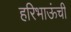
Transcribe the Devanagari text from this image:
हरिभाऊंची